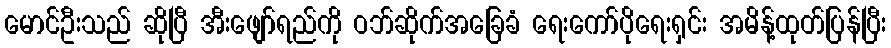
မောင်ဦးသည် ဆိုပြီ အီးဖျော်ရည်ကို ဝဘ်ဆိုက်အခြေခံ ရေးကော်ပိုရေးရှင်း အမိန့်ထုတ်ပြန်ပြီး